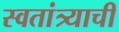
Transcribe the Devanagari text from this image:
स्वतांत्र्याची